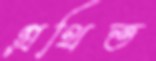
গ্রথিত